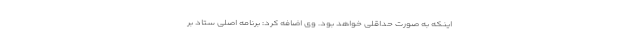
اینکه به صورت حداقلی خواهد بود. وی اضافه کرد: برنامه اصلی ستاد بر